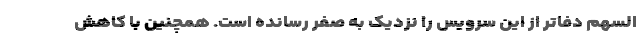
السهم دفاتر از این سرویس را نزدیک به صفر رسانده است. همچنین با کاهش